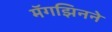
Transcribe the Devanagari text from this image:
मॅगझिनने